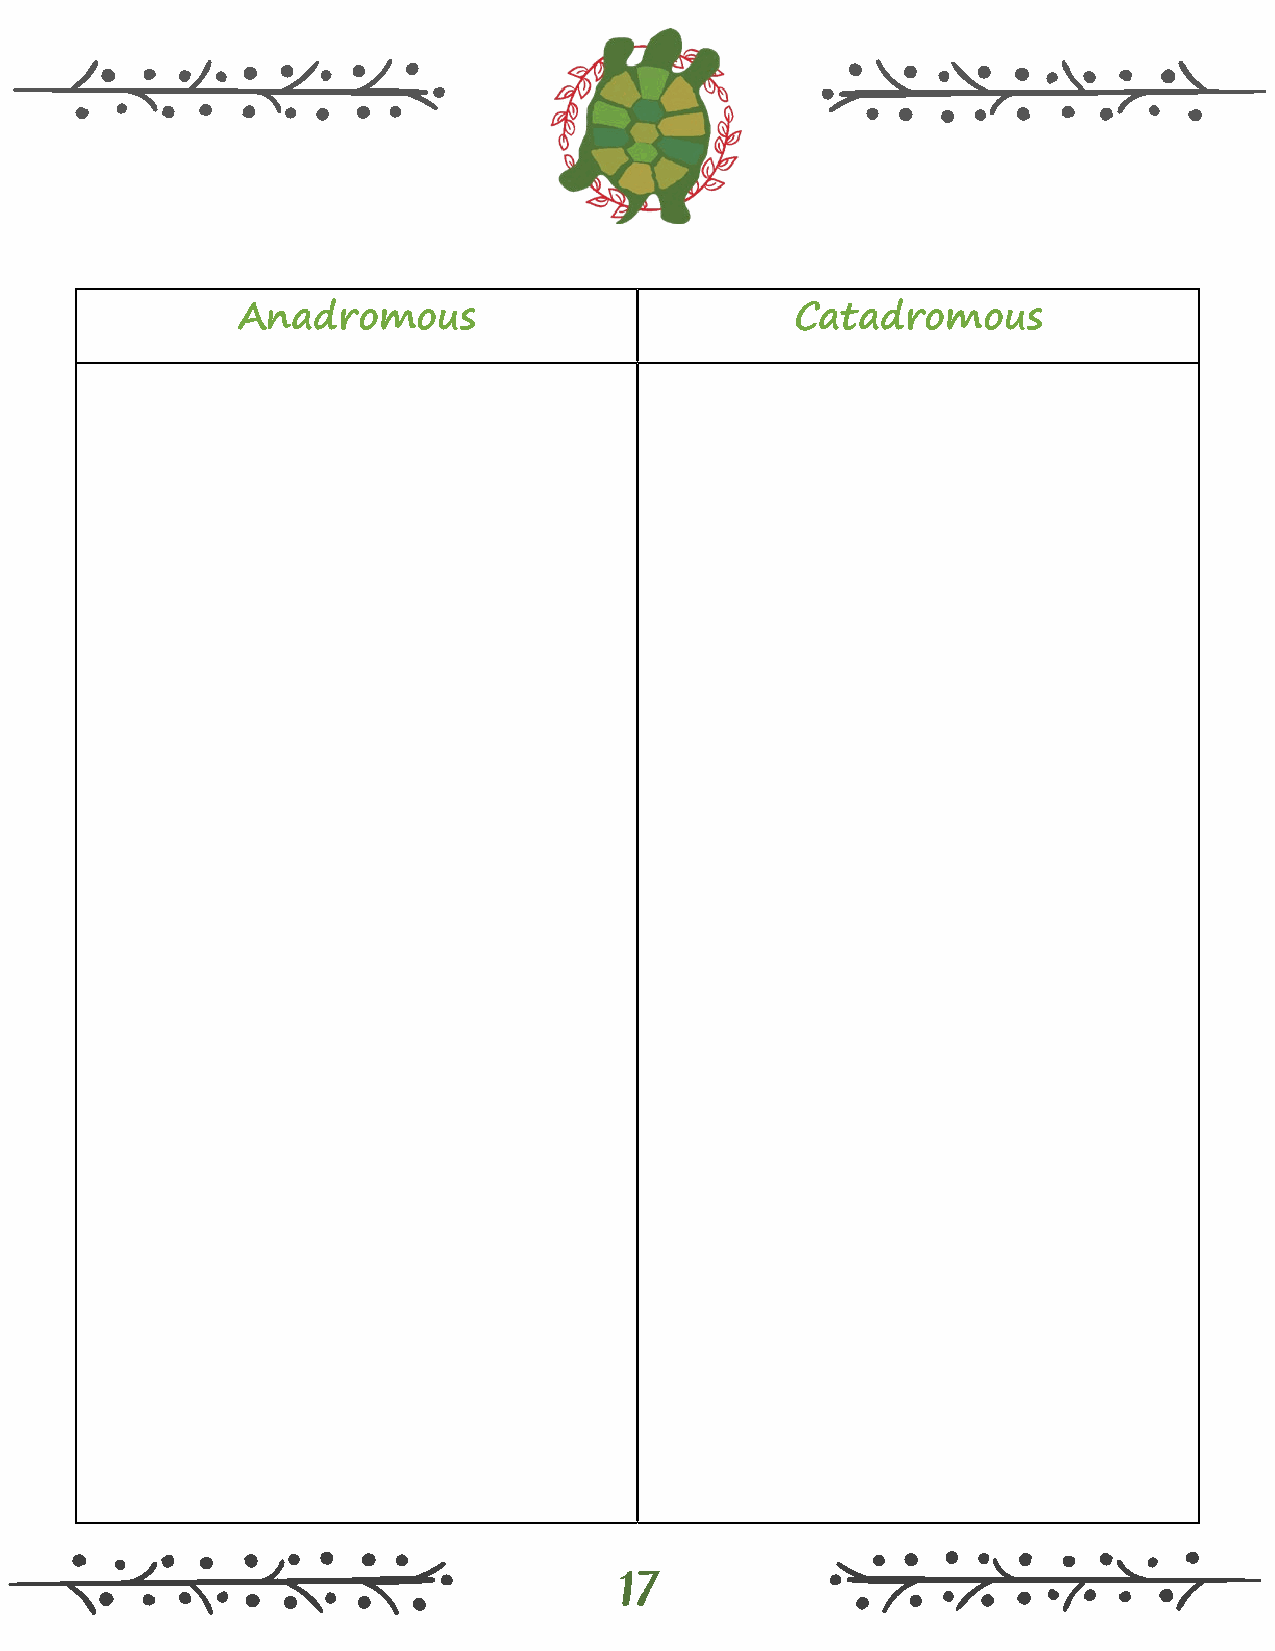
Anadromous                           Catadromous
 17